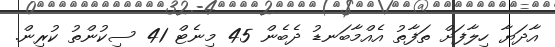
އާދަޔާ ހިލާފަށް ތަފާތު އެއްމާބަނޑު ދެބެން 45 މިނެޓް 41 ސިކުންތު ކުރިން.